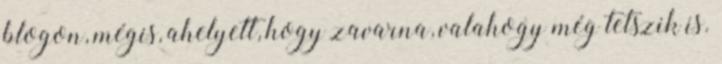
blogon, mégis, ahelyett, hogy zavarna, valahogy még tetszik is.